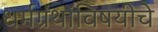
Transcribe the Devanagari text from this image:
धर्मग्रंथांविषयीचे